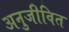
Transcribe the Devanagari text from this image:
अनुजीवित